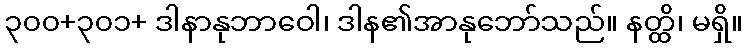
၃၀၀+၃၀၁+ ဒါနာနုဘာဝေါ၊ ဒါန၏အာနုဘော်သည်။ နတ္ထိ၊ မရှိ။